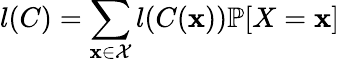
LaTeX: l(C)=\sum_{\mathbf{x}\in{\mathcal{{X}}}}l(C(\mathbf{x}))\mathbb{{P}}[X=\mathbf{x}]